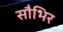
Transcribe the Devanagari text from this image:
सौभिर